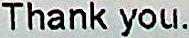
THANK YOU.